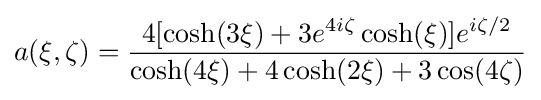
a(\xi ,\zeta )={\frac {4[\cosh(3\xi )+3e^{4i\zeta }\cosh(\xi )]e^{i\zeta /2}}{\cosh(4\xi )+4\cosh(2\xi )+3\cos(4\zeta )}}